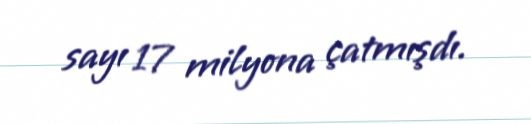
sayı 17 milyona çatmışdı.